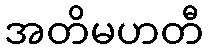
အတိမဟတီ